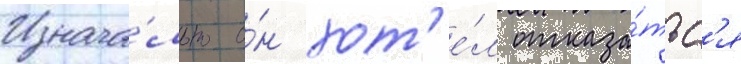
Изнача́льно о́н хот'е́л отказа́тьс'я